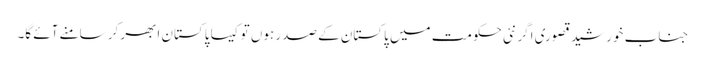
جناب خورشید قصوری اگر نئی حکومت میں پاکستان کے صدر ہوں تو کیسا پاکستان ابھر کر سامنے آئے گا۔